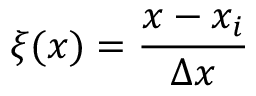
\xi ( x ) = \frac { x - x _ { i } } { \Delta x }